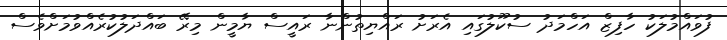
ފުވައްމުލަކު ހާފިޒް އަހްމަދު ސުކޫލުގައި އެރަށު ރައްޔިތުންނާ ރައީސް ޔާމީން މިރޭ ބައްދަލުކުރެއްވުމަށްވެސް